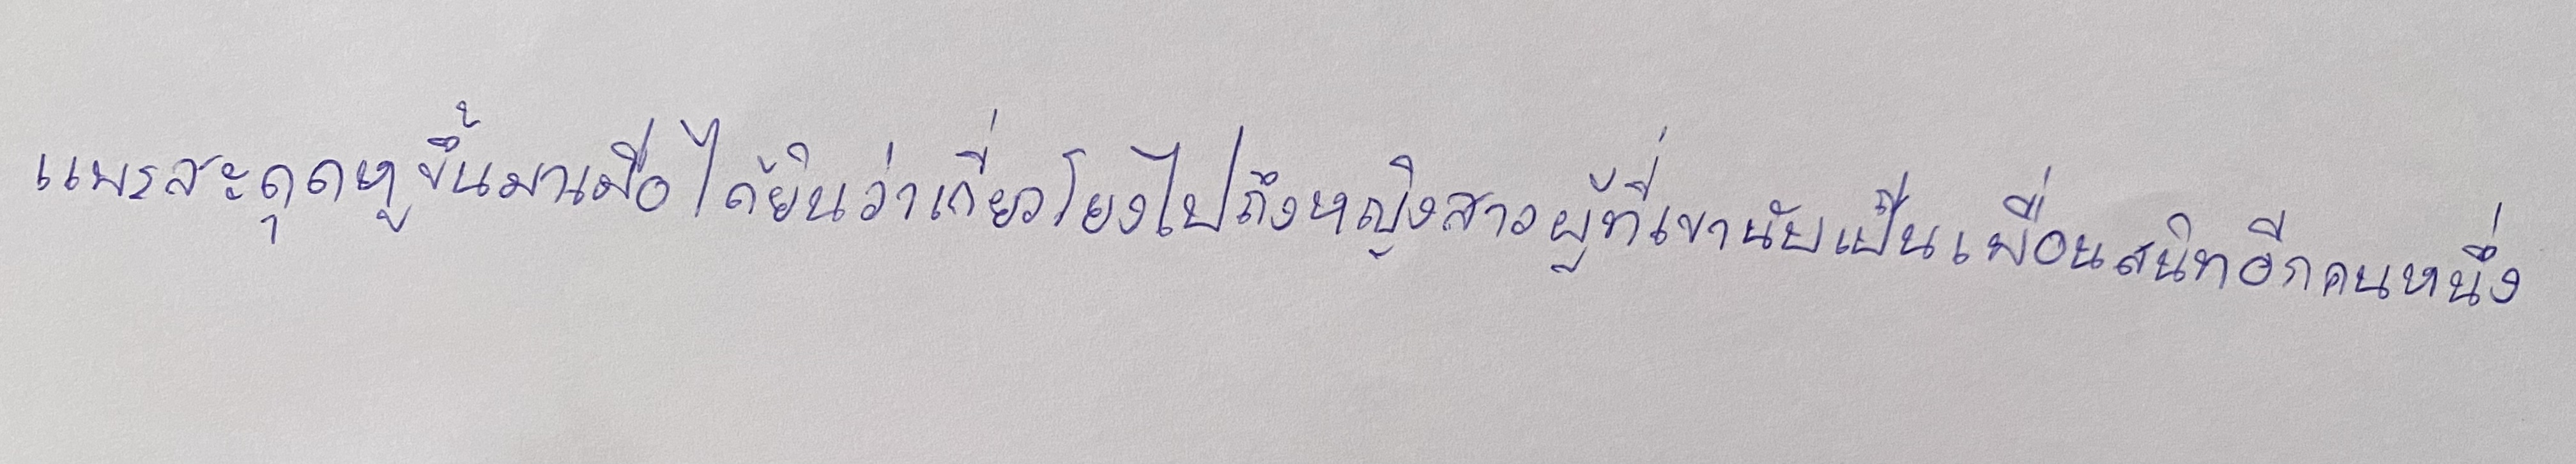
"แพรสะดุดหูขึ้นมาเมื่อได้ยินว่าเกี่ยวโยงไปถึงหญิงสาวผู้ที่เขานับเป็นเพื่อนสนิทอีกคนหนึ่ง